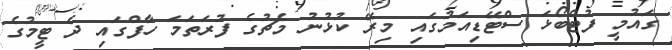
ގައުމީ ފުޓްބޯޅަ ސްޓޭޑިއަމުގައި މިރޭ ކުޅުނު މެޗުގެ ފުރަތަމަ ހާފްގައި ދެ ޓީމުގެ